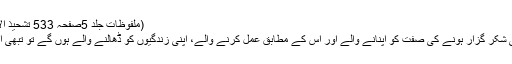
(ملفوظات جلد 5صفحہ 533 تشحیذ الاذھان اپریل ۱۹۰۸ء بدر ۲۳؍ اپریل ۱۹۰۸ء)
پس کام کرنے والے بھی اور عام احمدی بھی شکر گزار ہونے کی صفت کو اپنانے والے اور اس کے مطابق عمل کرنے والے، اپنی زندگیوں کو ڈھالنے والے ہوں گے تو تبھی اپنے فائدہ کے بھی سامان کر رہے ہوں گے۔